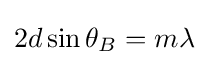
2d\sin {\theta _{B}}=m\lambda